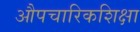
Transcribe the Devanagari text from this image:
औपचारिकशिक्षा